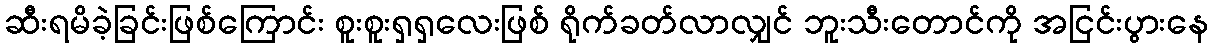
ဆီးရမိခဲ့ခြင်းဖြစ်ကြောင်း စူးစူးရှရှလေးဖြစ် ရိုက်ခတ်လာလျှင် ဘူးသီးတောင်ကို အငြင်းပွားနေ